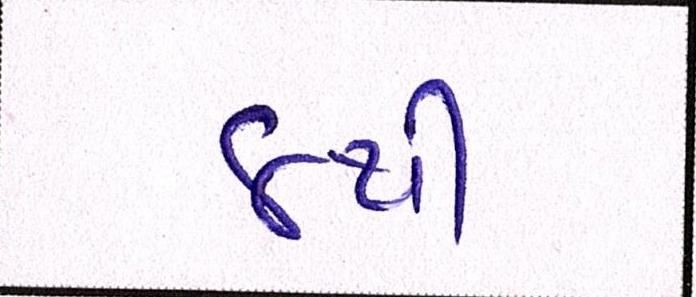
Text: ૪થી